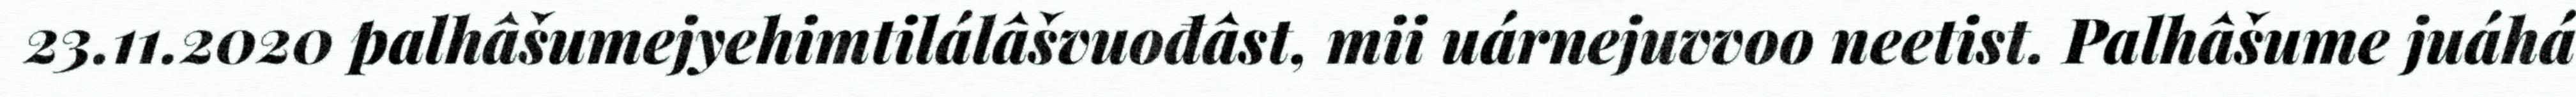
23.11.2020 palhâšumejyehimtilálâšvuođâst, mii uárnejuvvoo neetist. Palhâšume juáhá